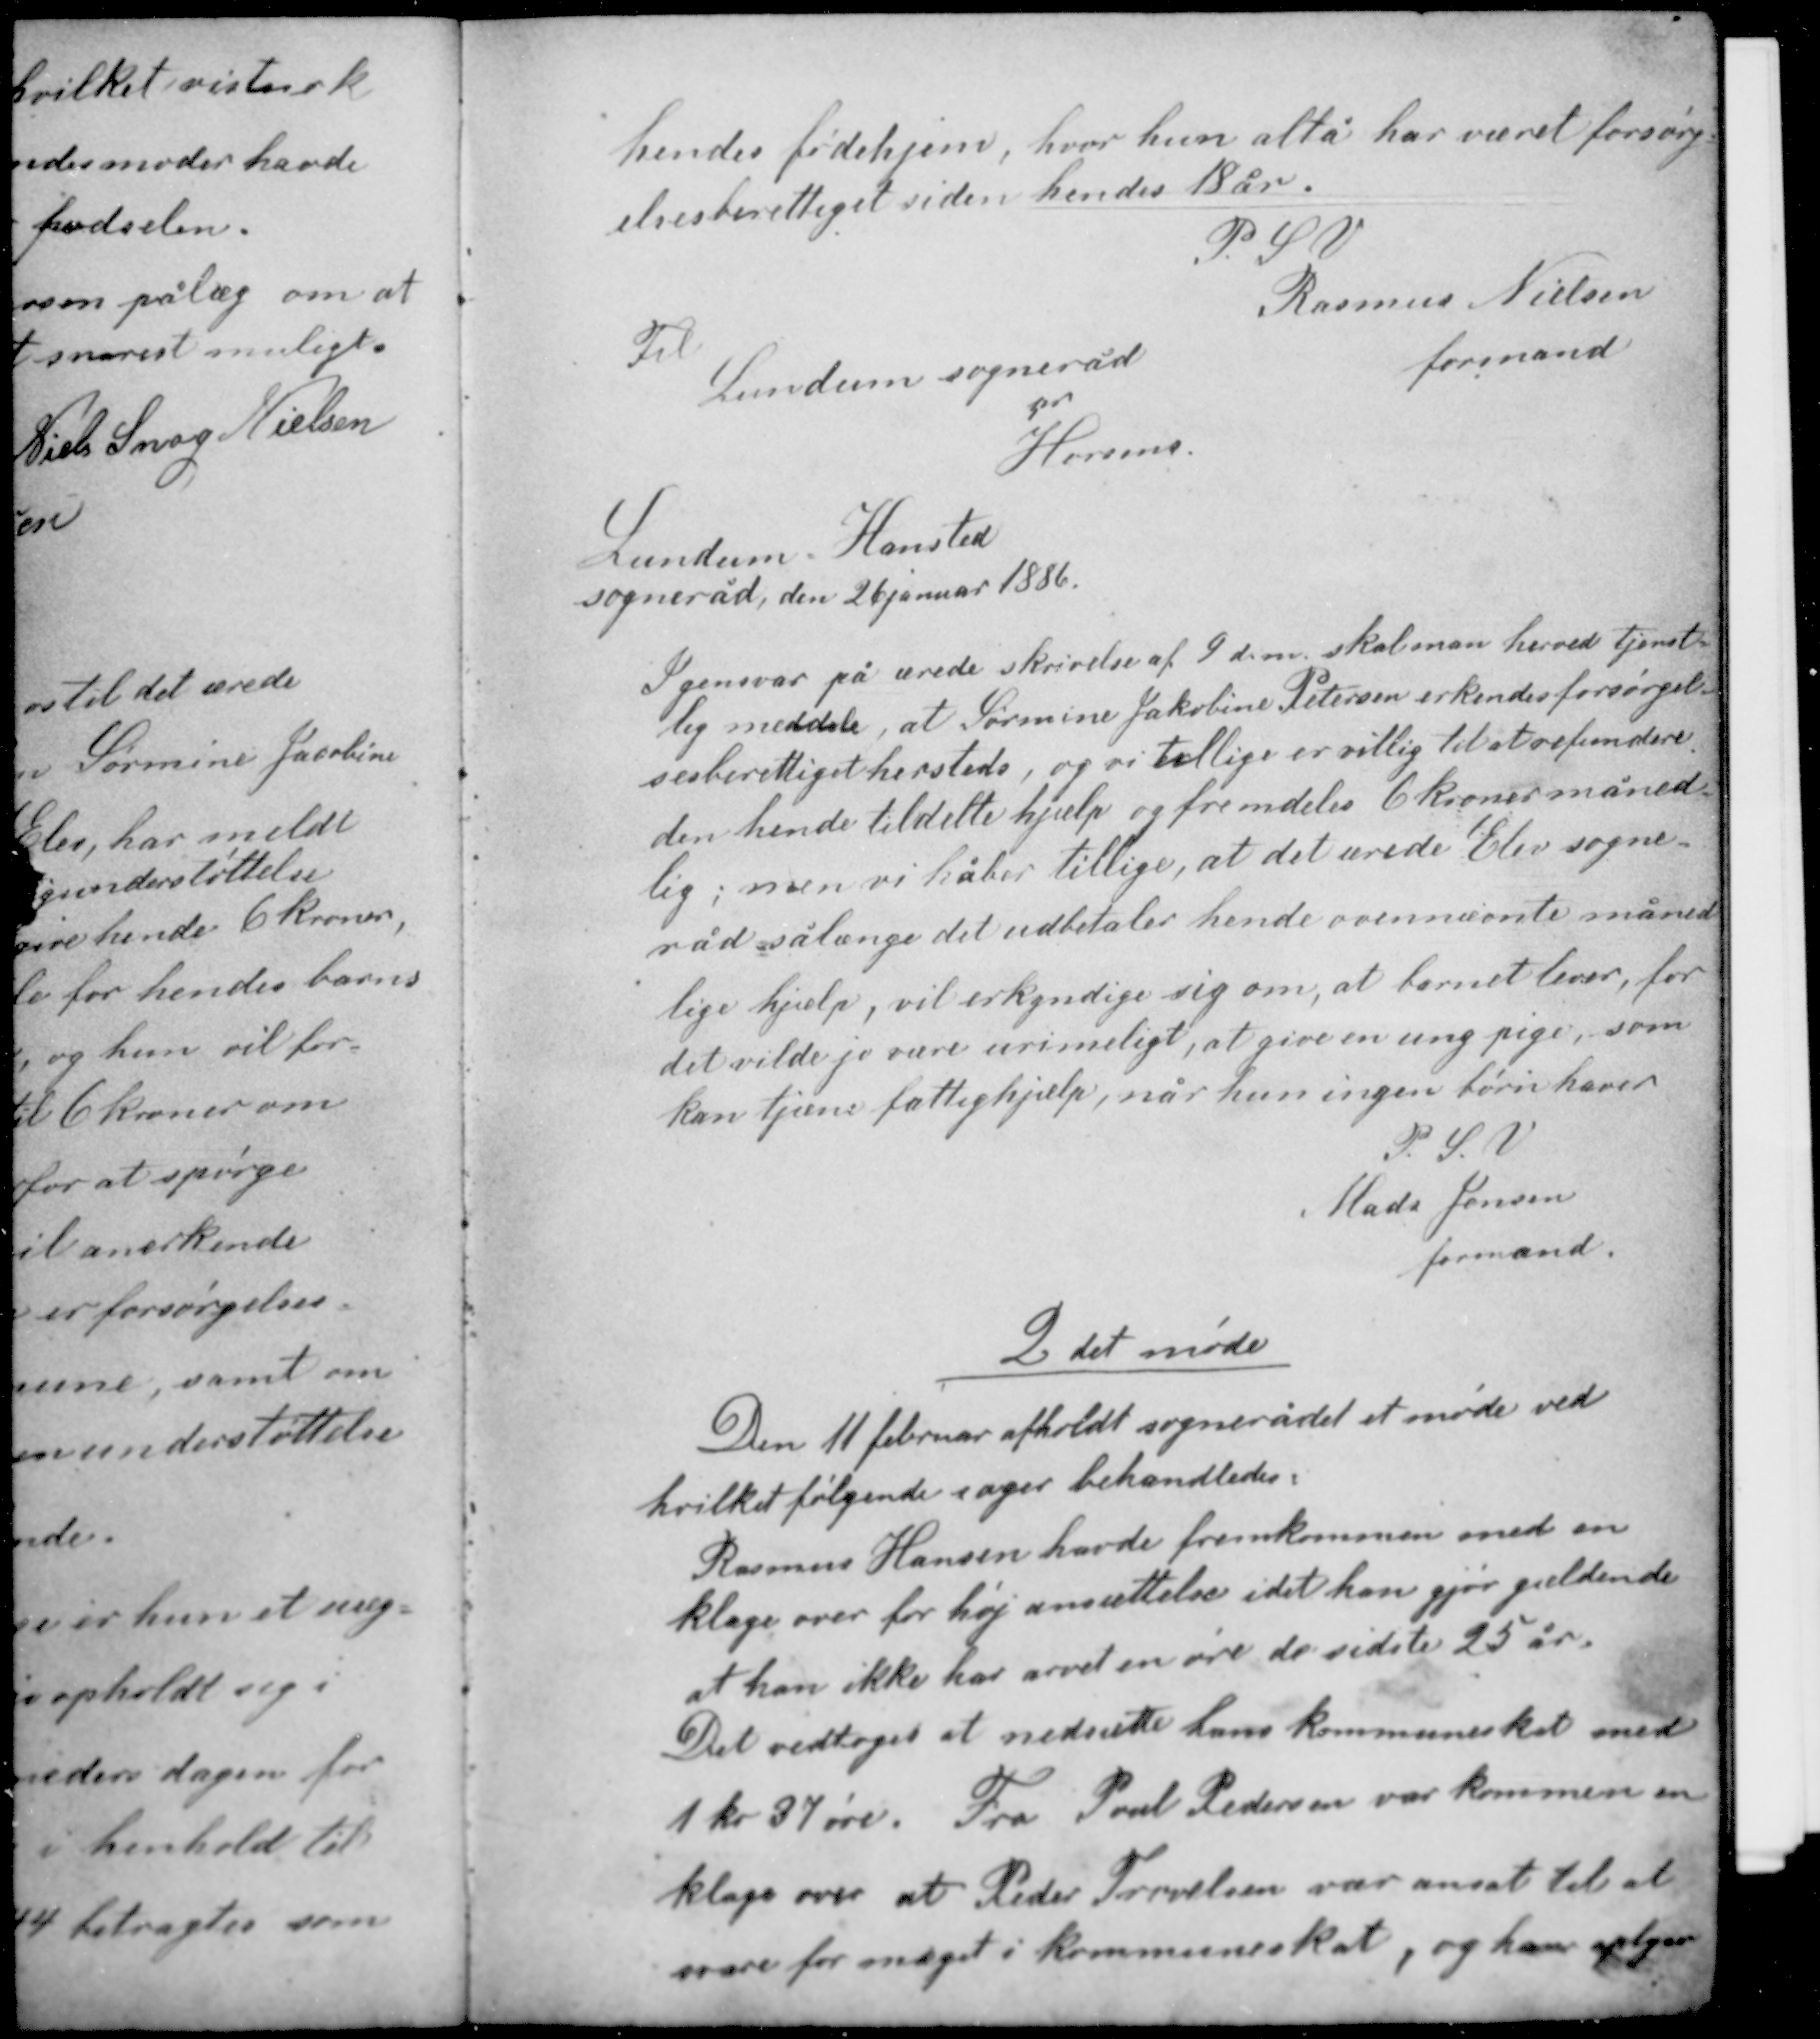
Transskription:
hendes fødehjem, hvor hun altå har været forsørg-
elsesberettiget siden hendes 18 år.

P.S.V.
Rasmus Nielsen
formand

Til
Lundum sogneråd
pr
Horsens

Lundum Hansted
sogneråd, den 26 januar 1886

Igensvar på ærede skrivelse af 9 d.m. skal man herved tjenst-
lig meddele, at Sørmine Jakobine Petersen erkendes forsørgel-
sesberettiget hersteds, og vi tillige er villig til at refundere
den hende tildelte hjælp og fremdeles 6 kroner måned-
lig; men vi håber tillige, at det ærede Elev sogne-
råd sålænge det udbetaler hende ovennævnte måned-
lige hjælp, vil erkyndige sig om, at barnet lever, for
det vilde jo være urimeligt, at give en unge pige, som
kan tjene fattighjælp, når hun ingen børn haver.

P. S. V.
Mads Jensen
formand

2 det møde

Den 11 februar afholdt sognerådet et møde ved
hvilket følgende sager behandledes:
Rasmus Hansen havde fremkommen med en
klage over for høj ansættelse idet han gjør gældende
at han ikke har arvet en øre de sidste 25 år.
Det vedtoges at nedsætte hans kommuneskat med
1 kr 37 øre. Fra Poul Pedersen var kommen en
klage over at Peder Torvelsen var ansat til at
svare for meget i kommuneskat, og han oplyser